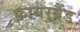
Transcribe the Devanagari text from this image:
फ़ायरब्रैंड